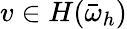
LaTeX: v\in H(\bar{\omega}_{h})